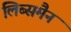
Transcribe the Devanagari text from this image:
लिब्समैन